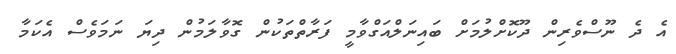
އެ ދެ ނޫސްވެރިން ދޫކޮށްލުމަށް ބައިނަލްއަގްވާމީ ފަރާތްތަކުން ގޮވާލަމުން ދިޔަ ނަމަވެސް އެކަމާ